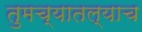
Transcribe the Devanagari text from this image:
तुमच्यातल्याच